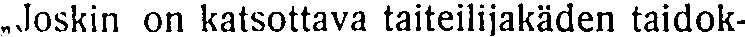
,Joskin on katsottava taiteilijakäden taidok-